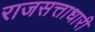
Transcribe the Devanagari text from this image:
राजसत्ताधारी